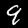
Digit: 9